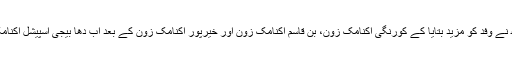
چیف سیکرٹری سندھ نے وفد کو مزید بتایا کے کورنگی اکنامک زون، بن قاسم اکنامک زون اور خیرپور اکنامک زون کے بعد اب دھا بیجی اسپیشل اکنامک زون بنا رہے ہیں۔